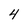
Character: 4